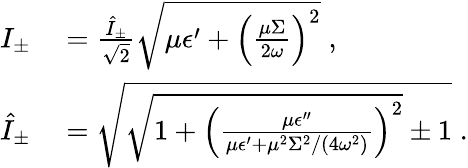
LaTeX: \begin{array}{rl}{I_{\pm}}&{{}=\frac{\hat{I}_{\pm}}{\sqrt{2}}\sqrt{\mu\epsilon^{\prime}+\left(\frac{\mu\Sigma}{2\omega}\right)^{2}}\; ,}\\ {\hat{I}_{\pm}}&{{}=\sqrt{\sqrt{1+\left(\frac{\mu\epsilon^{\prime\prime}}{\mu\epsilon^{\prime}+\mu^{2}\Sigma^{2}/(4\omega^{2})}\right)^{2}}\pm 1}\; .}\end{array}